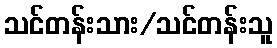
သင်တန်းသား/သင်တန်းသူ